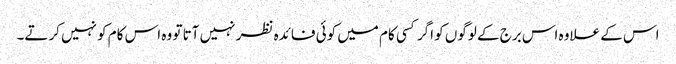
اس کے علاوہ اس برج کے لوگوں کو اگر کسی کام میں کوئی فائدہ نظر نہیں آتا تو وہ اس کام کو نہیں کرتے۔